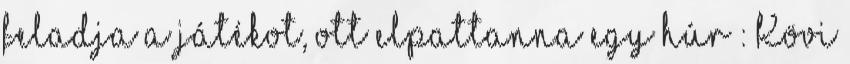
feladja a játékot, ott elpattanna egy húr : Kövi